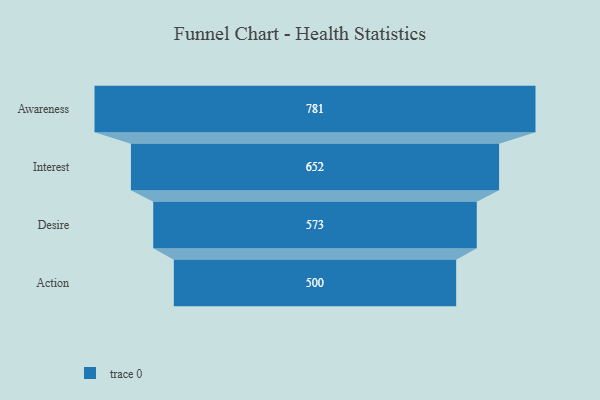
{"axis": {"x": "Stage", "y": "Value"}, "legend": [""], "data": [{"x": "Awareness", "y": 781.0, "type": ""}, {"x": "Interest", "y": 652.0, "type": ""}, {"x": "Desire", "y": 573.0, "type": ""}, {"x": "Action", "y": 500, "type": ""}]}